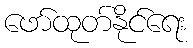
ဖော်ထုတ်နိုင်ရေး